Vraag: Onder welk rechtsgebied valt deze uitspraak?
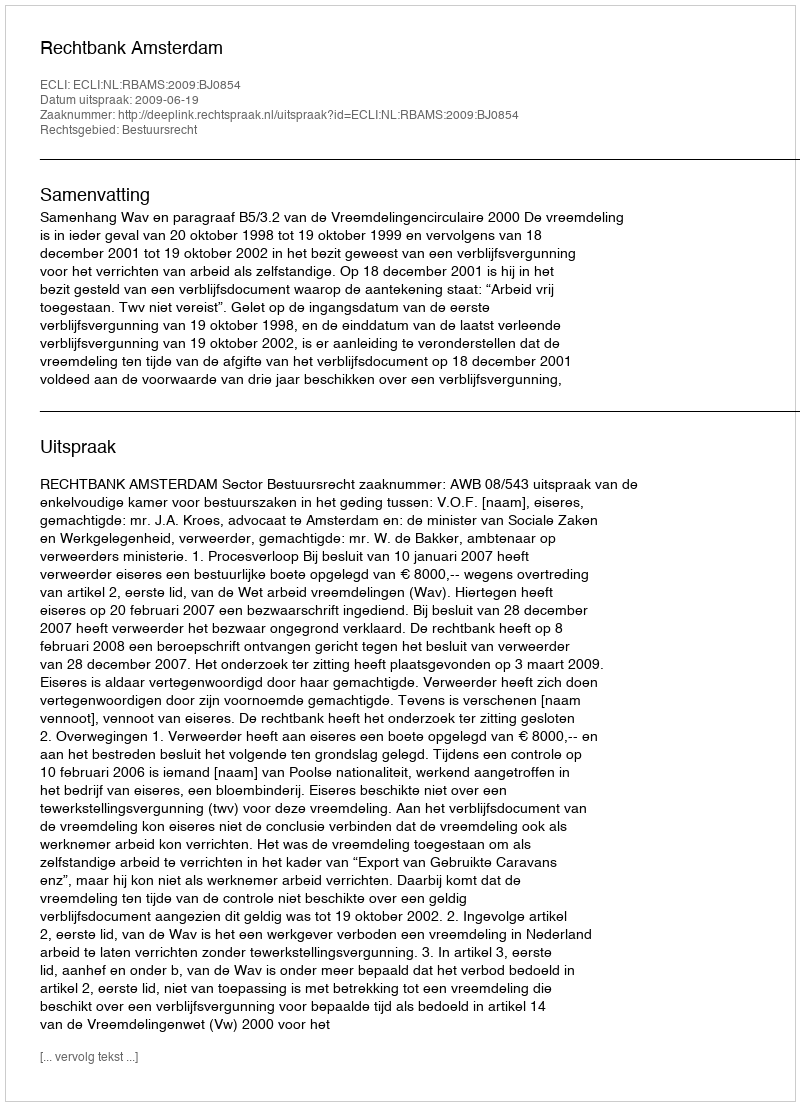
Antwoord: Bestuursrecht